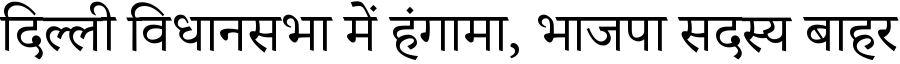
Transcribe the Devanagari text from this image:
दिल्ली विधानसभा में हंगामा, भाजपा सदस्य बाहर